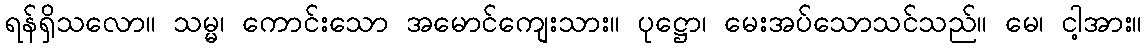
ရန်ရှိသလော။ သမ္မ၊ ကောင်းသော အမောင်ကျေးသား။ ပုဋ္ဌော၊ မေးအပ်သောသင်သည်။ မေ၊ ငါ့အား။